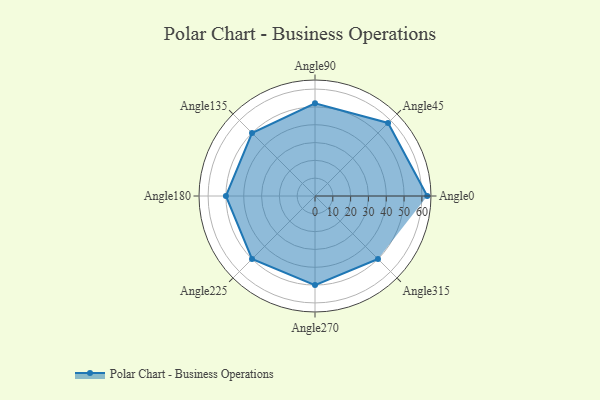
{"axis": {"x": "Angle", "y": "Radius"}, "legend": [""], "data": [{"x": "Angle0", "y": 63.0, "type": ""}, {"x": "Angle45", "y": 58.0, "type": ""}, {"x": "Angle90", "y": 52.0, "type": ""}, {"x": "Angle135", "y": 50, "type": ""}, {"x": "Angle180", "y": 50, "type": ""}, {"x": "Angle225", "y": 50, "type": ""}, {"x": "Angle270", "y": 50, "type": ""}, {"x": "Angle315", "y": 50, "type": ""}]}